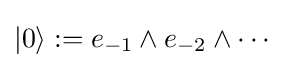
|0\rangle :=e_{-1}\wedge e_{-2}\wedge \cdots